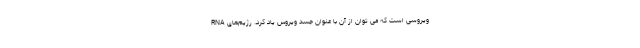
RNA ویروسی است که می توان از آن با عنوان جسد ویروس یاد کرد. رژیم‌های